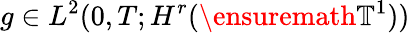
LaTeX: g\in L^{2}(0,T;H^{r}(\ensuremath{\mathbb{T}}^{1}))